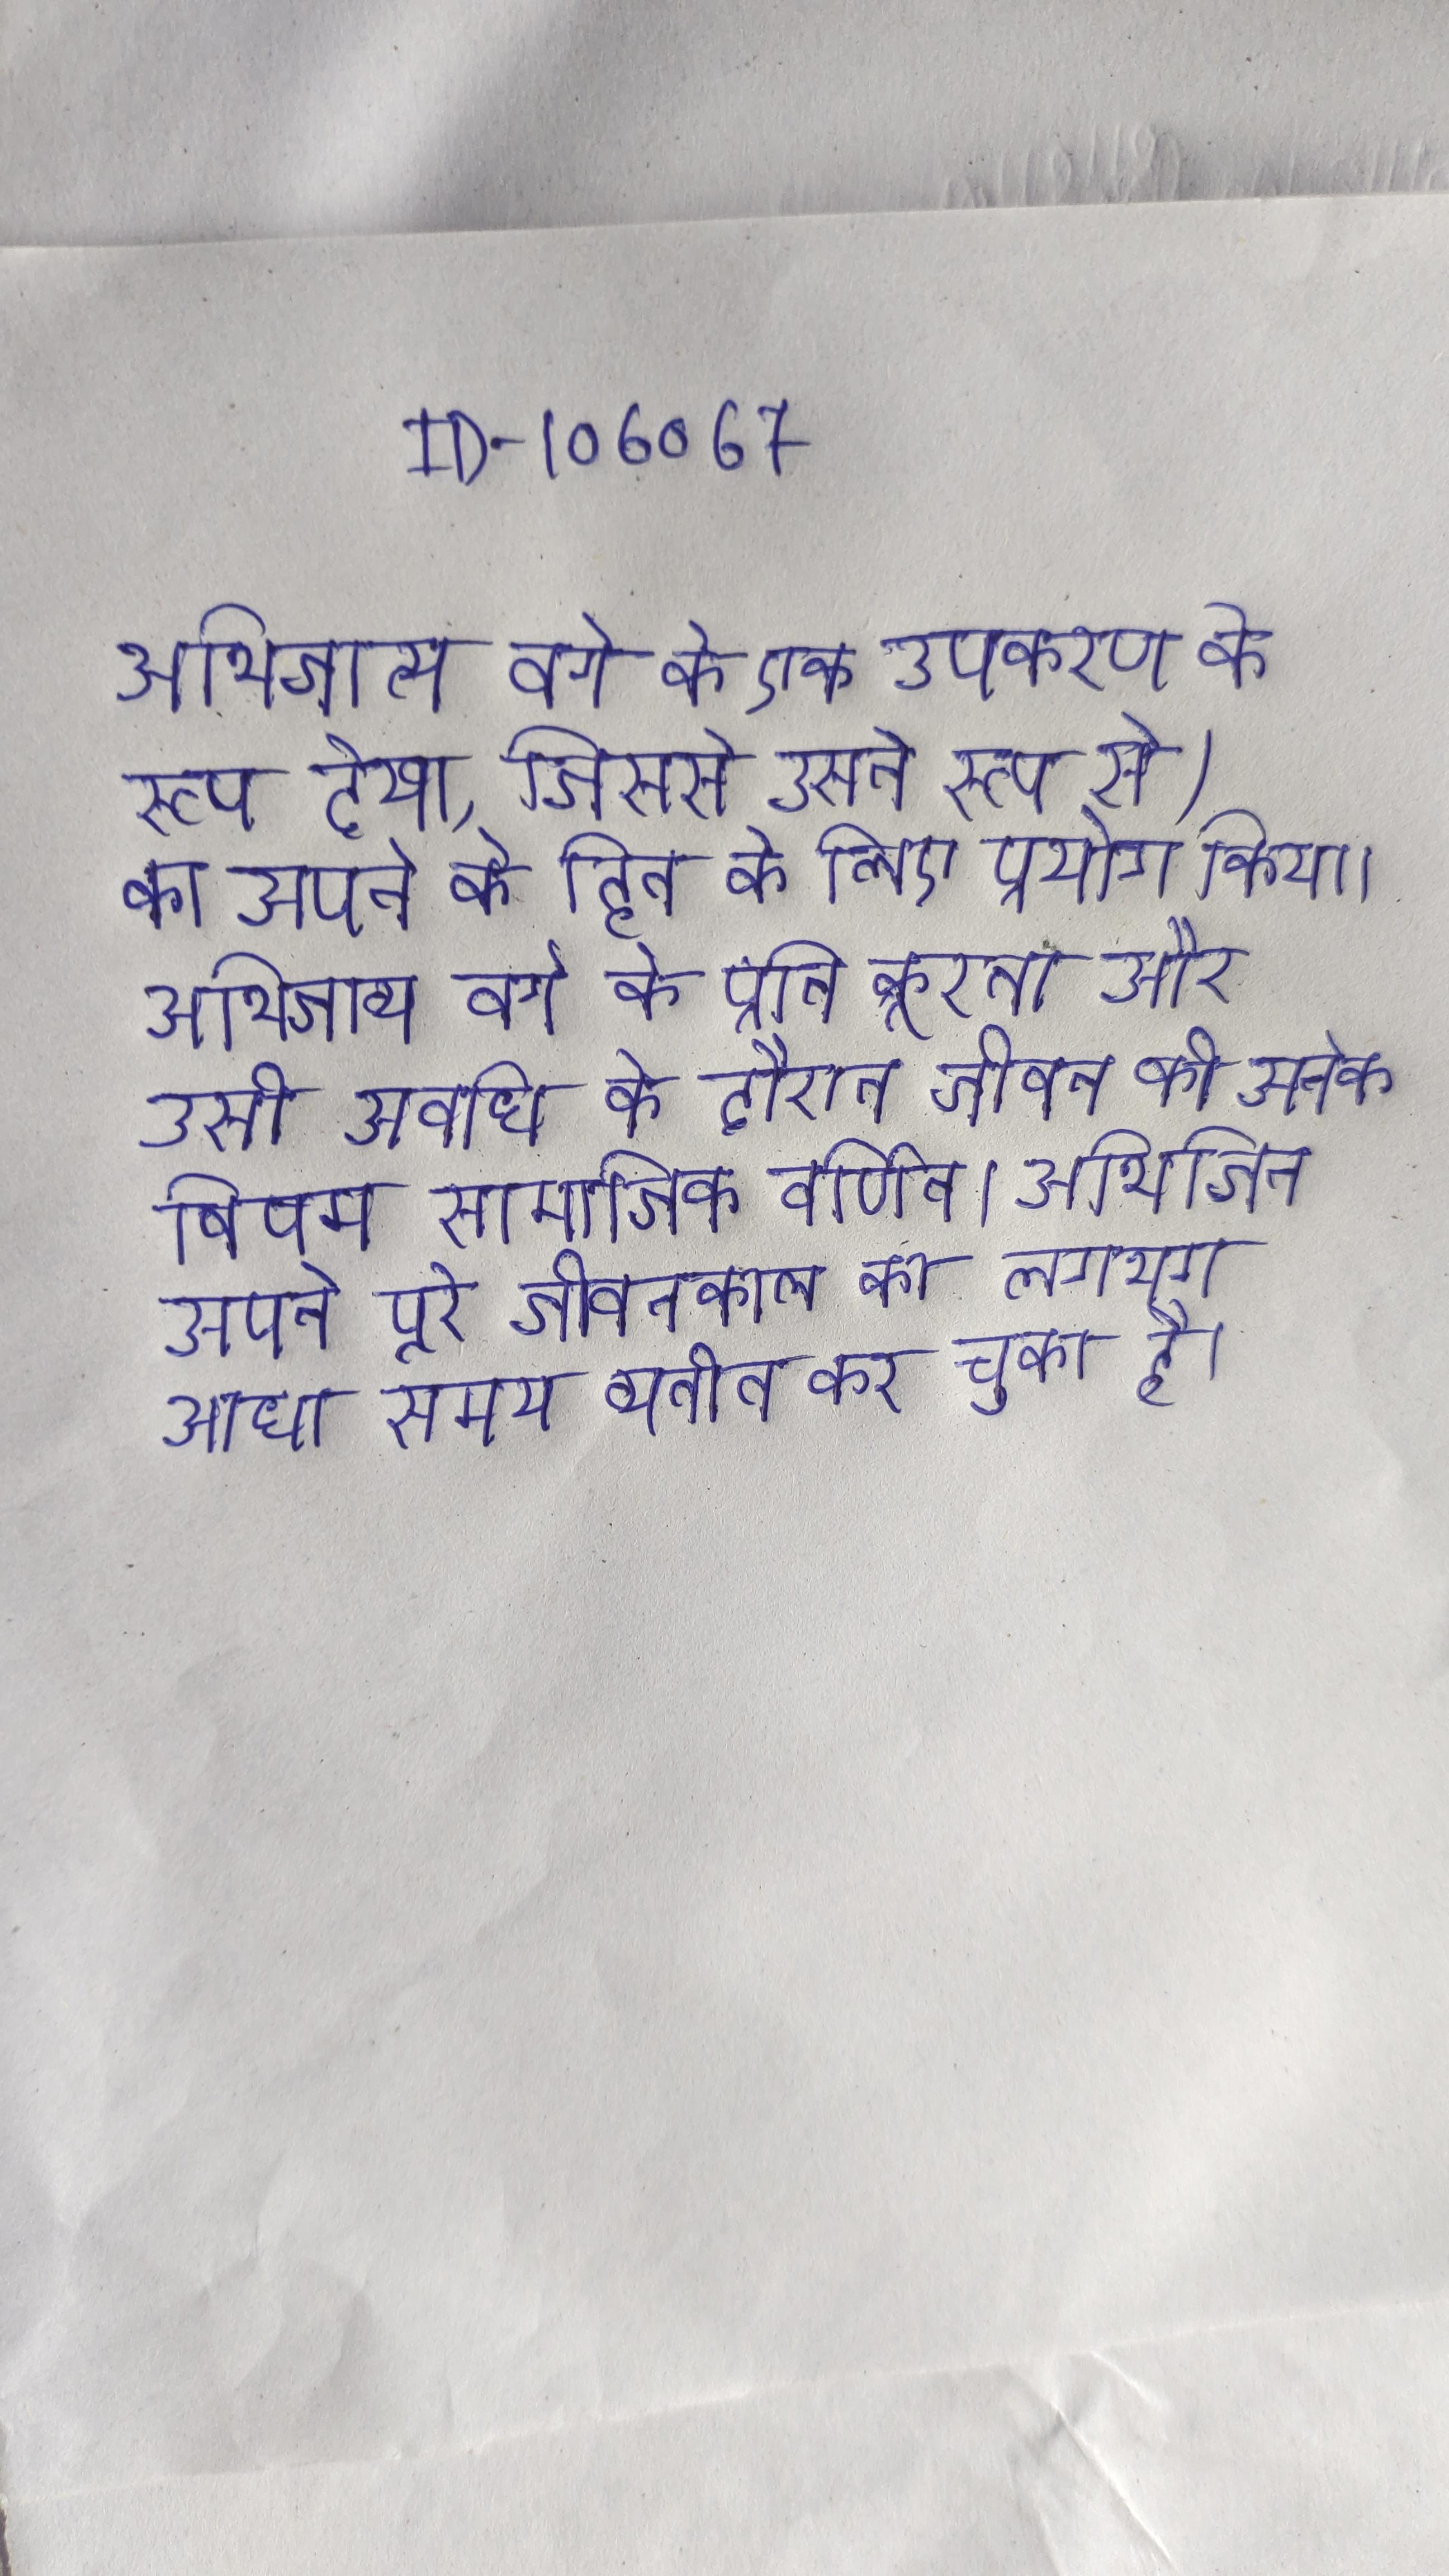
अभिजात्य वर्ग के एक उपकरण के रूप देखा, जिससे उसने रूप से) का अपने के हित के लिए प्रयोग किया । अभिजात्य वर्ग के प्रति क्रूरता और उसी अवधि के दौरान जीवन की अनेक विषम सामाजिक वर्णित । अभिजित अपने पूरे जीवनकाल का लगभग आधा समय व्यतीत कर चुका है ।